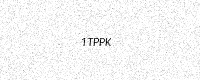
Text: 1TPPK